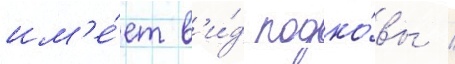
им'е́ет в'и́д подко́вы /